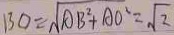
B O = \sqrt { A B ^ { 2 } + A O ^ { 2 } } = \sqrt { 2 }